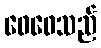
ဖေဖေသည်